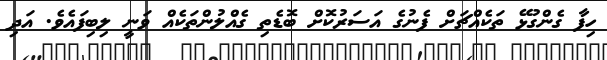
ހިފާ ގެންގުޅޭ ތަކެއްޗަށް ފެނުގެ އަސަރުކޮށް ބޮޑެތި ގެއްލުންތަކެއް ވަނީ ލިބިފައެވެ. އަދި